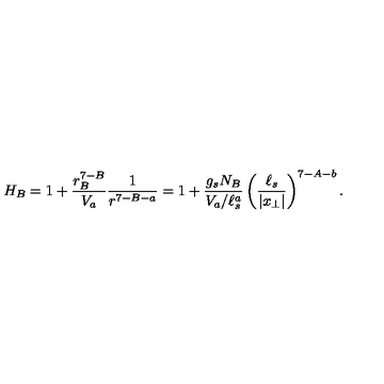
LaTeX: H _ { B } = 1 + { \frac { r _ { B } ^ { 7 - B } } { V _ { a } } } { \frac { 1 } { r ^ { 7 - B - a } } } = 1 + { \frac { g _ { s } N _ { B } } { V _ { a } / \ell _ { s } ^ { a } } } \left( { \frac { \ell _ { s } } { | x _ { \perp } | } } \right) ^ { 7 - A - b } .